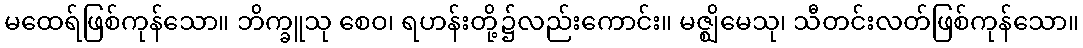
မထေရ်ဖြစ်ကုန်သော။ ဘိက္ခူသု စေဝ၊ ရဟန်းတို့၌လည်းကောင်း။ မဇ္ဈိမေသု၊ သီတင်းလတ်ဖြစ်ကုန်သော။